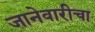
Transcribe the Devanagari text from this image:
जानेवारीचा